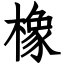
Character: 橡